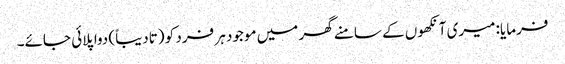
فرمایا: میری آنکھوں کے سامنے گھر میں موجود ہر فرد کو (تادیباً) دوا پلائی جائے۔